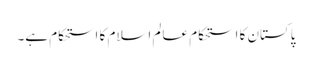
پاکستان کا استحکام عالم اسلام کا استحکام ہے۔